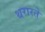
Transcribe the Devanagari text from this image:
थरारते